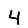
Digit: 4